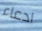
ادعاء